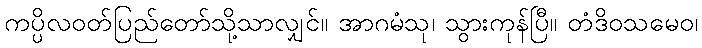
ကပ္ပိလဝတ်ပြည်တော်သို့သာလျှင်။ အာဂမံသု၊ သွားကုန်ပြီ။ တံဒိဝသမေဝ၊